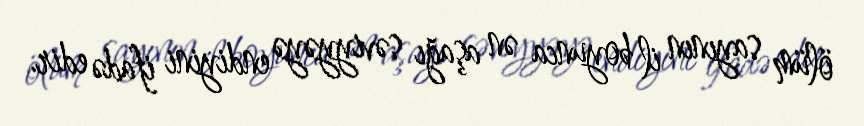
ölüm sayının il boyunca ən aşağı səviyyəyə endiyini ifadə edir.